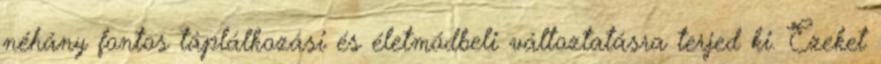
néhány fontos táplálkozási és életmódbeli változtatásra terjed ki. Ezeket